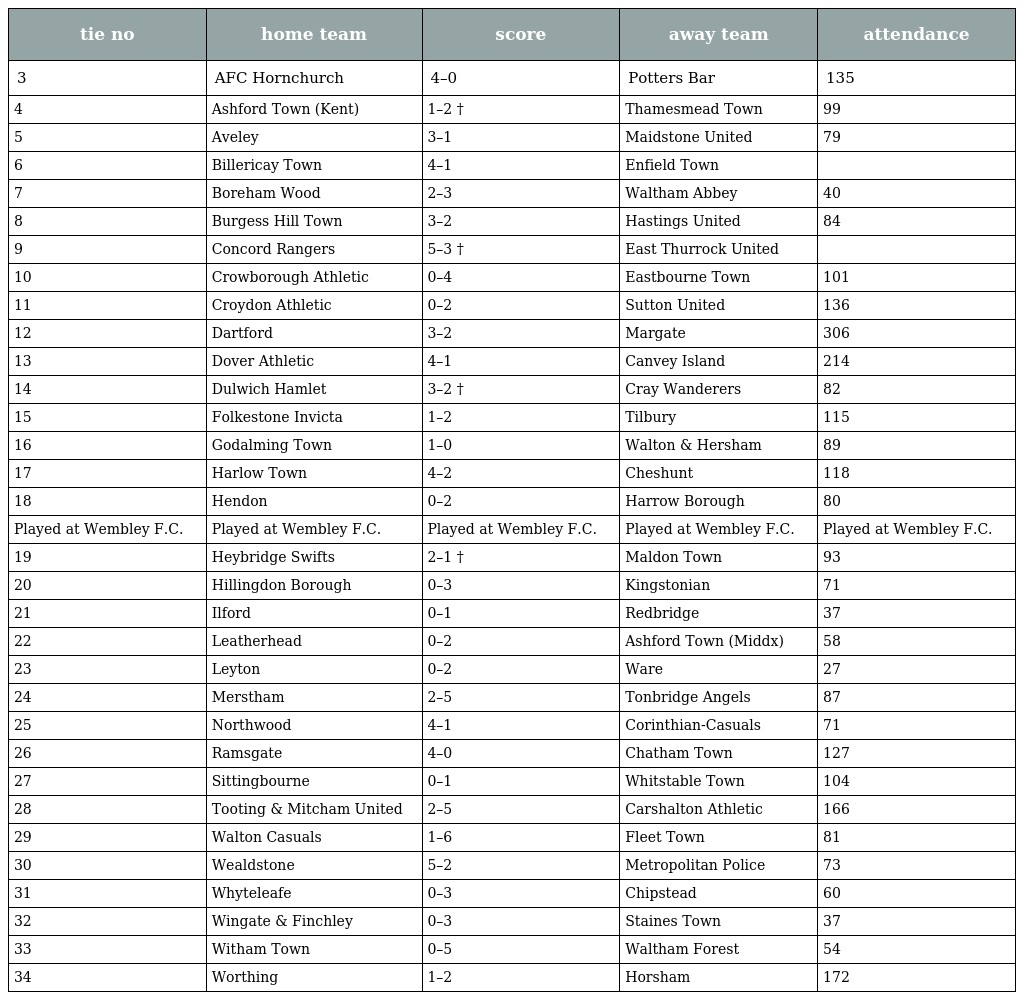
| tie no | home team | score | away team | attendance |
 | --- | --- | --- | --- | --- |
 | 3 | AFC Hornchurch | 4–0 | Potters Bar | 135 |
 | 4 | Ashford Town (Kent) | 1–2 † | Thamesmead Town | 99 |
 | 5 | Aveley | 3–1 | Maidstone United | 79 |
 | 6 | Billericay Town | 4–1 | Enfield Town |  |
 | 7 | Boreham Wood | 2–3 | Waltham Abbey | 40 |
 | 8 | Burgess Hill Town | 3–2 | Hastings United | 84 |
 | 9 | Concord Rangers | 5–3 † | East Thurrock United |  |
 | 10 | Crowborough Athletic | 0–4 | Eastbourne Town | 101 |
 | 11 | Croydon Athletic | 0–2 | Sutton United | 136 |
 | 12 | Dartford | 3–2 | Margate | 306 |
 | 13 | Dover Athletic | 4–1 | Canvey Island | 214 |
 | 14 | Dulwich Hamlet | 3–2 † | Cray Wanderers | 82 |
 | 15 | Folkestone Invicta | 1–2 | Tilbury | 115 |
 | 16 | Godalming Town | 1–0 | Walton & Hersham | 89 |
 | 17 | Harlow Town | 4–2 | Cheshunt | 118 |
 | 18 | Hendon | 0–2 | Harrow Borough | 80 |
 | Played at Wembley F.C. | Played at Wembley F.C. | Played at Wembley F.C. | Played at Wembley F.C. | Played at Wembley F.C. |
 | 19 | Heybridge Swifts | 2–1 † | Maldon Town | 93 |
 | 20 | Hillingdon Borough | 0–3 | Kingstonian | 71 |
 | 21 | Ilford | 0–1 | Redbridge | 37 |
 | 22 | Leatherhead | 0–2 | Ashford Town (Middx) | 58 |
 | 23 | Leyton | 0–2 | Ware | 27 |
 | 24 | Merstham | 2–5 | Tonbridge Angels | 87 |
 | 25 | Northwood | 4–1 | Corinthian-Casuals | 71 |
 | 26 | Ramsgate | 4–0 | Chatham Town | 127 |
 | 27 | Sittingbourne | 0–1 | Whitstable Town | 104 |
 | 28 | Tooting & Mitcham United | 2–5 | Carshalton Athletic | 166 |
 | 29 | Walton Casuals | 1–6 | Fleet Town | 81 |
 | 30 | Wealdstone | 5–2 | Metropolitan Police | 73 |
 | 31 | Whyteleafe | 0–3 | Chipstead | 60 |
 | 32 | Wingate & Finchley | 0–3 | Staines Town | 37 |
 | 33 | Witham Town | 0–5 | Waltham Forest | 54 |
 | 34 | Worthing | 1–2 | Horsham | 172 |